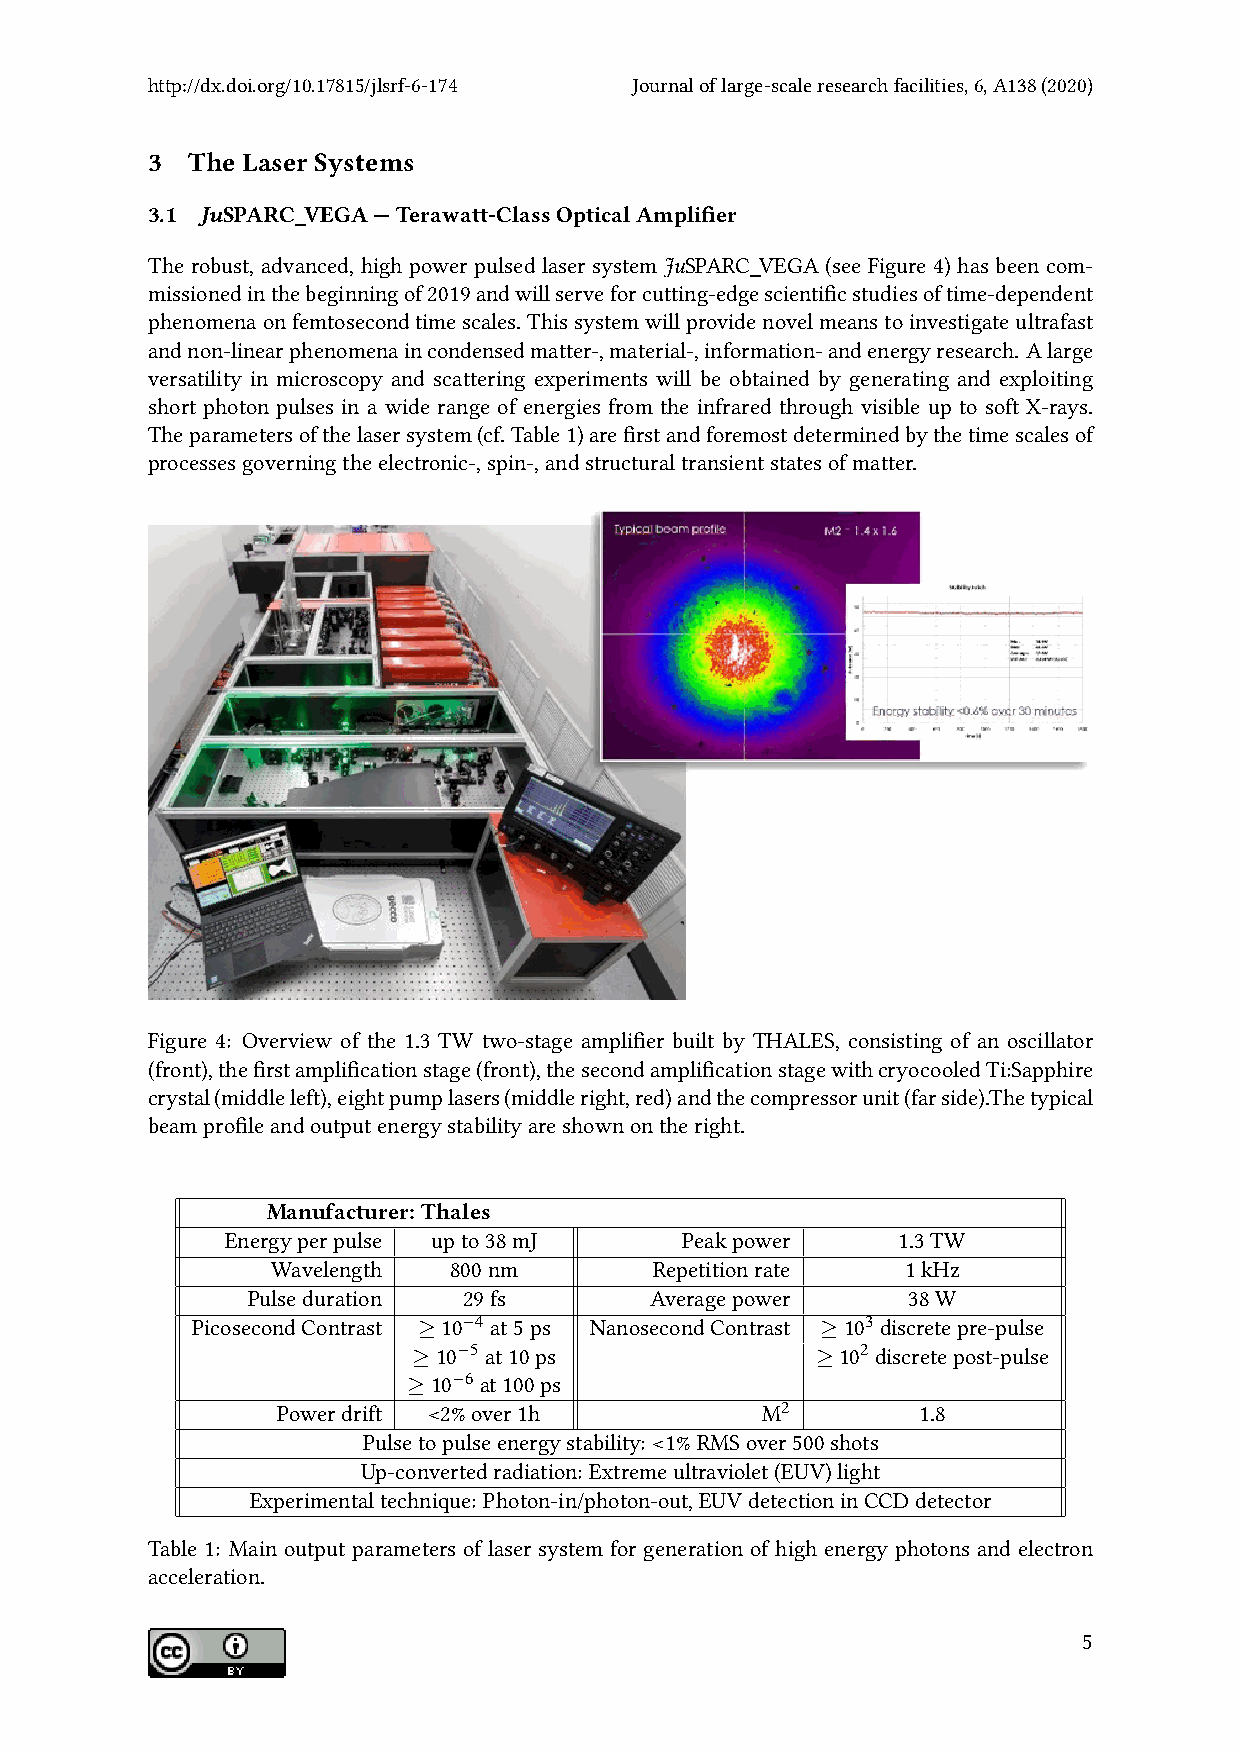
http://dx.doi.org/10.17815/jlsrf-6-174 Journaloflarge-scaleresearchfacilities,6,A138(2020)
 3 The Laser Systems
 3.1 JuSPARC_VEGA—Terawatt-ClassOpticalAmplifier
 The robust, advanced, high power pulsed laser system JuSPARC_VEGA (see Figure 4) has been com-
 missionedinthebeginningof2019andwillserveforcutting-edgescientificstudiesoftime-dependent
 phenomenaonfemtosecondtimescales. Thissystemwillprovidenovelmeanstoinvestigateultrafast
 andnon-linearphenomenaincondensedmatter-,material-,information-andenergyresearch. Alarge
 versatility in microscopy and scattering experiments will be obtained by generating and exploiting
 short photon pulses in a wide range of energies from the infrared through visible up to soft X-rays.
 Theparametersofthelasersystem(cf.Table1)arefirstandforemostdeterminedbythetimescalesof
 processesgoverningtheelectronic-,spin-,andstructuraltransientstatesofmatter.
 Figure 4: Overview of the 1.3 TW two-stage amplifier built by THALES, consisting of an oscillator
 (front),thefirstamplificationstage(front),thesecondamplificationstagewithcryocooledTi:Sapphire
 crystal(middleleft),eightpumplasers(middleright,red)andthecompressorunit(farside).Thetypical
 beamprofileandoutputenergystabilityareshownontheright.
 Manufacturer: Thales
 Energyperpulse upto38mJ       Peakpower     1.3TW
 Wavelength  800nm        Repetitionrate   1kHz
 Pulseduration  29fs        Averagepower     38W
 PicosecondContrast ≥10−4 at5ps NanosecondContrast ≥103 discretepre-pulse
 ≥10−5 at10ps               ≥102 discretepost-pulse
 ≥10−6 at100ps
 Powerdrift <2%over1h            M2         1.8
 Pulsetopulseenergystability: <1%RMSover500shots
 Up-convertedradiation: Extremeultraviolet(EUV)light
 Experimentaltechnique: Photon-in/photon-out,EUVdetectioninCCDdetector
 Table 1: Main output parameters of laser system for generation of high energy photons and electron
 acceleration.
 5